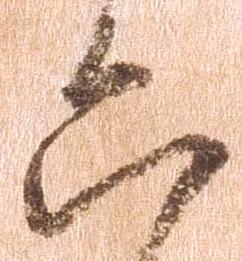
六